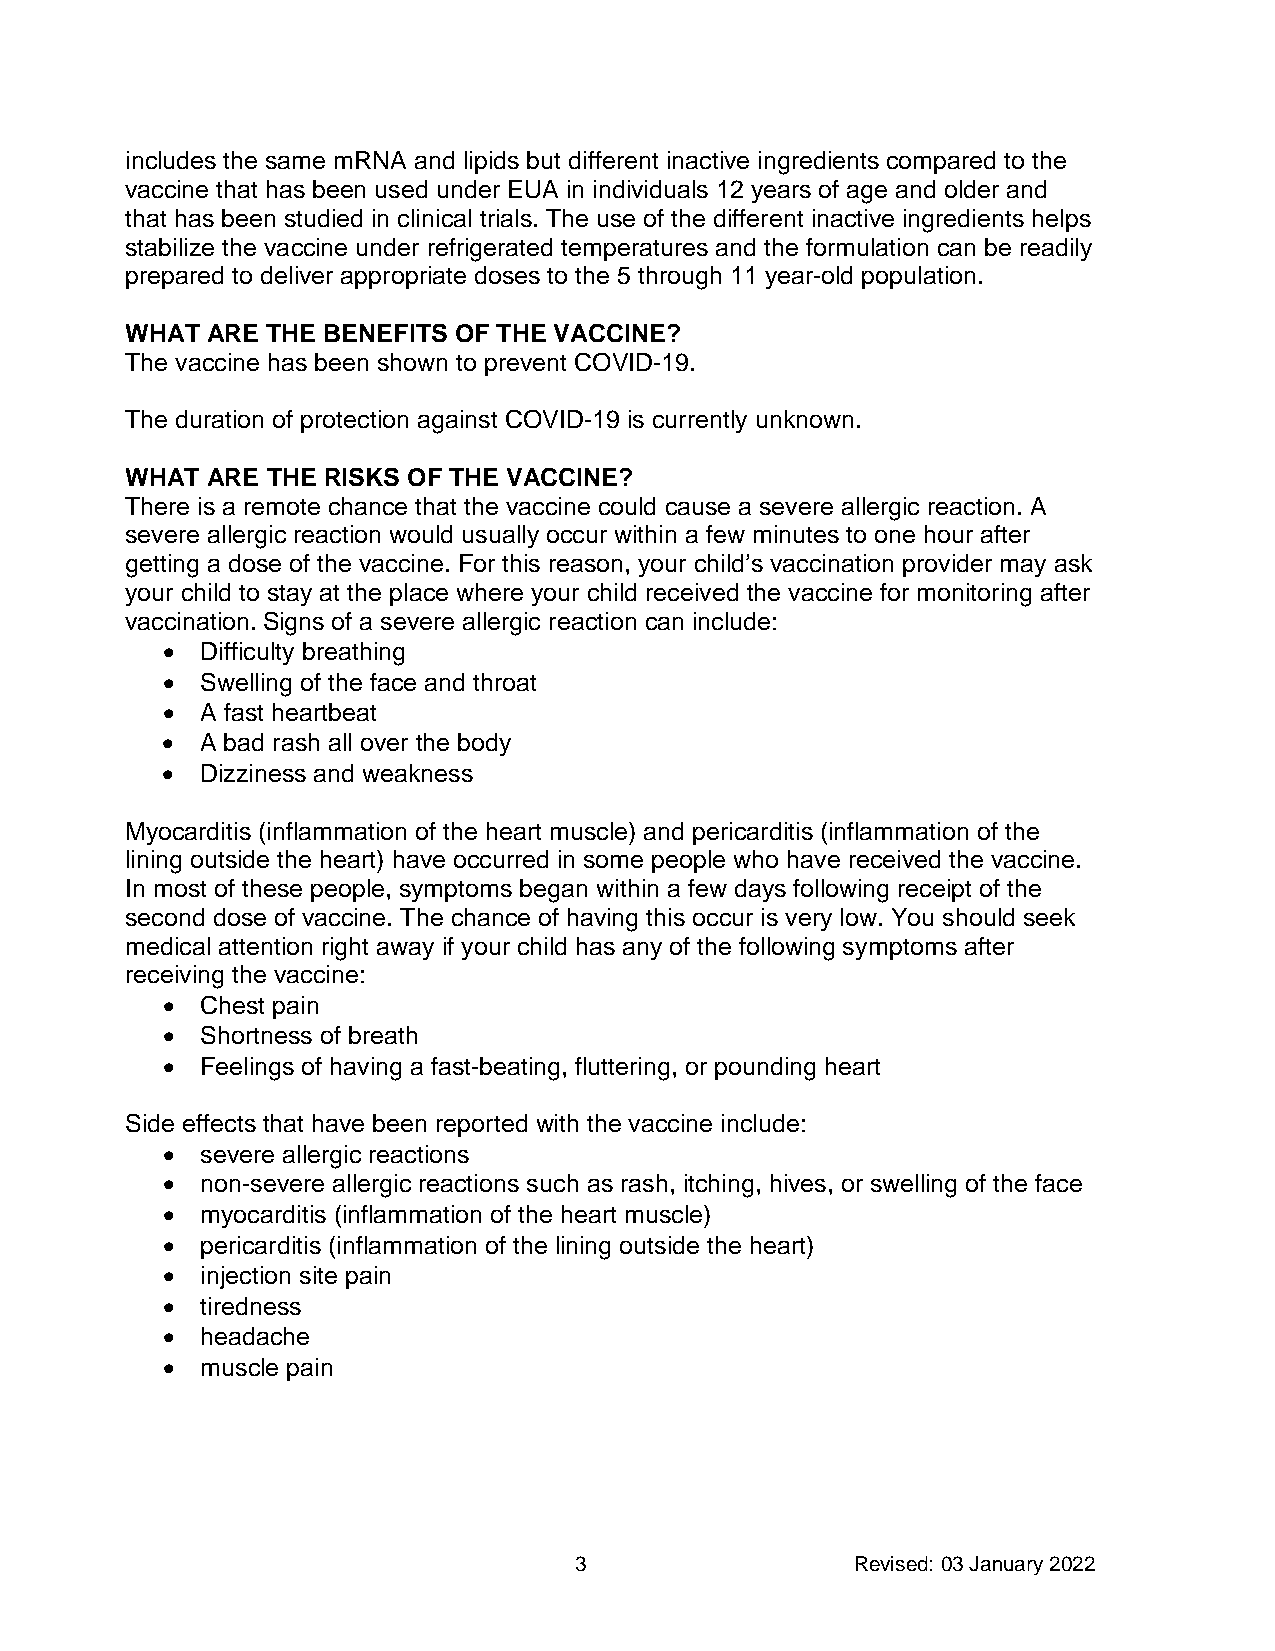
includes the same mRNA and lipids but different inactive ingredients compared to the
 vaccine that has been used under EUA in individuals 12 years of age and older and
 that has been studied in clinical trials. The use of the different inactive ingredients helps
 stabilize the vaccine under refrigerated temperatures and the formulation can be readily
 prepared to deliver appropriate doses to the 5 through 11 year-old population.
 WHAT  ARE THE BENEFITS OF THE VACCINE?
 The vaccine has been shown to prevent COVID-19.
 The duration of protection against COVID-19 is currently unknown.
 WHAT  ARE THE RISKS OF THE VACCINE?
 There is a remote chance that the vaccine could cause a severe allergic reaction. A
 severe allergic reaction would usually occur within a few minutes to one hour after
 getting a dose of the vaccine. For this reason, your child’s vaccination provider may ask
 your child to stay at the place where your child received the vaccine for monitoring after
 vaccination. Signs of a severe allergic reaction can include:
 • Difficulty breathing
 • Swelling of the face and throat
 • A fast heartbeat
 • A bad rash all over the body
 • Dizziness and weakness
 Myocarditis (inflammation of the heart muscle) and pericarditis (inflammation of the
 lining outside the heart) have occurred in some people who have received the vaccine.
 In most of these people, symptoms began within a few days following receipt of the
 second dose of vaccine. The chance of having this occur is very low. You should seek
 medical attention right away if your child has any of the following symptoms after
 receiving the vaccine:
 • Chest pain
 • Shortness of breath
 • Feelings of having a fast-beating, fluttering, or pounding heart
 Side effects that have been reported with the vaccine include:
 • severe allergic reactions
 • non-severe allergic reactions such as rash, itching, hives, or swelling of the face
 • myocarditis (inflammation of the heart muscle)
 • pericarditis (inflammation of the lining outside the heart)
 • injection site pain
 • tiredness
 • headache
 • muscle pain
 3                  Revised: 03 January 2022